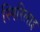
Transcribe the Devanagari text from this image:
स्पिरिलाइ